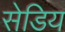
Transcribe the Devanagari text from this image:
सेडिय